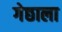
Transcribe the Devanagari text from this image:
गेछाला